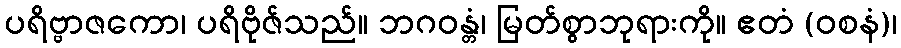
ပရိဗ္ဗာဇကော၊ ပရိဗိုဇ်သည်။ ဘဂဝန္တံ၊ မြတ်စွာဘုရားကို။ ဧတံ (ဝစနံ)၊